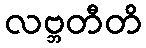
လဗ္ဘတီတိ